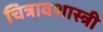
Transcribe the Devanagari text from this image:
चित्रावशास्त्री